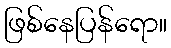
ဖြစ်နေပြန်ရော။